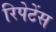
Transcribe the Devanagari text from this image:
रिपेटेंस